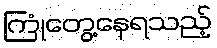
ကြုံတွေ့နေရသည့်